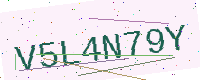
Text: V5L4N79Y